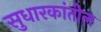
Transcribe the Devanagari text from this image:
सुधारकांतील